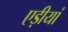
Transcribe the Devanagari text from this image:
एड़ीयां